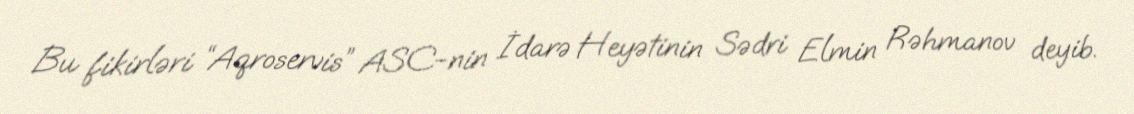
Bu fikirləri “Aqroservis” ASC-nin İdarə Heyətinin Sədri Elmin Rəhmanov deyib.